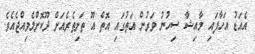
އެއަޑު އަހާފައި މާއިޝާ ސިހުނު ވަރުން އަތުގައި އޮތް އޫ ތަށިތެރެއަށް ދޫކޮށްލެވިއްޖެއެވެ.